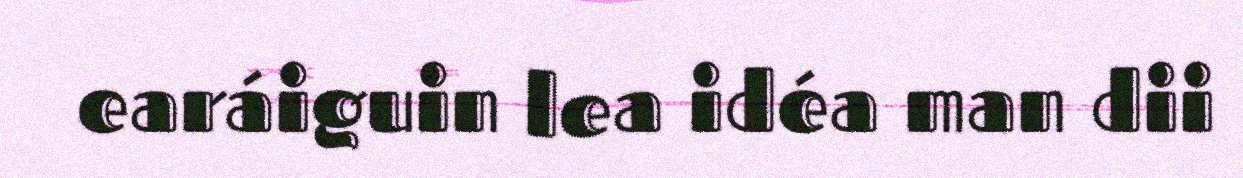
earáiguin lea idéa man dii